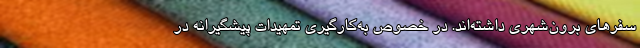
سفرهای برون‌شهری داشته‌اند. در خصوص به‌کارگیری تمهیدات پیشگیرانه در